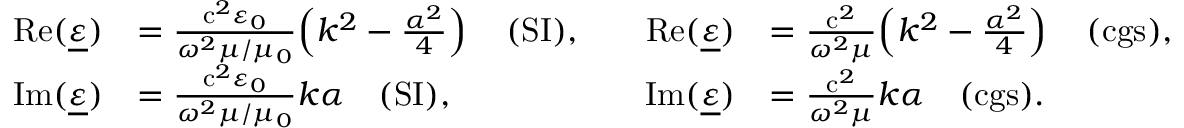
{ \begin{array} { r l r l } { \operatorname { R e } ( { \underline { { \varepsilon } } } ) } & { = { \frac { \mathrm { c } ^ { 2 } \varepsilon _ { 0 } } { \omega ^ { 2 } \mu / \mu _ { 0 } } } \! \left( k ^ { 2 } - { \frac { \alpha ^ { 2 } } { 4 } } \right) \quad { \mathrm { ( S I ) } } , \quad } & { \operatorname { R e } ( { \underline { { \varepsilon } } } ) } & { = { \frac { \mathrm { c } ^ { 2 } } { \omega ^ { 2 } \mu } } \! \left( k ^ { 2 } - { \frac { \alpha ^ { 2 } } { 4 } } \right) \quad { \mathrm { ( c g s ) } } , } \\ { \operatorname { I m } ( { \underline { { \varepsilon } } } ) } & { = { \frac { \mathrm { c } ^ { 2 } \varepsilon _ { 0 } } { \omega ^ { 2 } \mu / \mu _ { 0 } } } k \alpha \quad { \mathrm { ( S I ) } } , } & { \operatorname { I m } ( { \underline { { \varepsilon } } } ) } & { = { \frac { \mathrm { c } ^ { 2 } } { \omega ^ { 2 } \mu } } k \alpha \quad { \mathrm { ( c g s ) } } . } \end{array} }